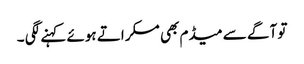
تو آگے سے میڈم بھی مسکراتے ہوئے کہنے لگی ۔